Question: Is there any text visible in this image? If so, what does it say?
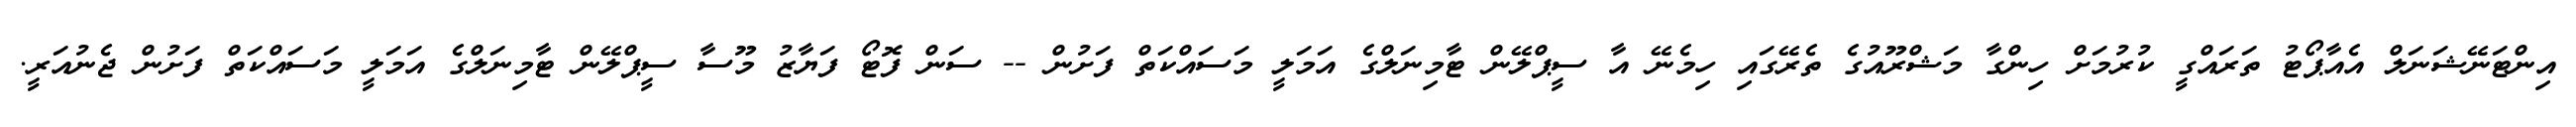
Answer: އިންޓަނޭޝަނަލް އެއާޕޯޓު ތަރައްގީ ކުރުމަށް ހިންގާ މަޝްރޫއުގެ ތެރޭގައި ހިމެނޭ އާ ސީޕްލޭން ޓާމިނަލްގެ އަމަލީ މަސައްކަތް ފަށުން -- ސަން ފޮޓޯ ފަޔާޒު މޫސާ ސީޕްލޭން ޓާމިނަލްގެ އަމަލީ މަސައްކަތް ފަށުން ޖެނުއަރީ.